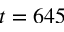
t = 6 4 5